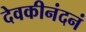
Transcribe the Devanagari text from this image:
देवकीनंदनं